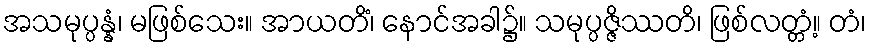
အသမုပ္ပန္နံ၊ မဖြစ်သေး။ အာယတိံ၊ နောင်အခါ၌။ သမုပ္ပဇ္ဇိဿတိ၊ ဖြစ်လတ္တံ့။ တံ၊